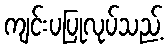
ကျင်းပပြုလုပ်သည့်